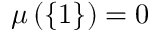
\mu \left( \{ 1 \} \right) = 0 \,